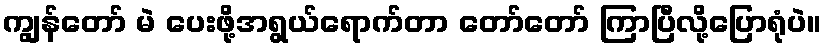
ကျွန်တော် မဲ ပေးဖို့အရွယ်ရောက်တာ တော်တော် ကြာပြီလို့ပြောရုံပဲ။